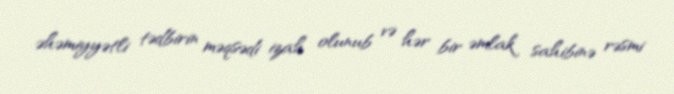
əhəmiyyətli tədbirin məqsədi izah olunub və hər bir əmlak sahibinə rəsmi